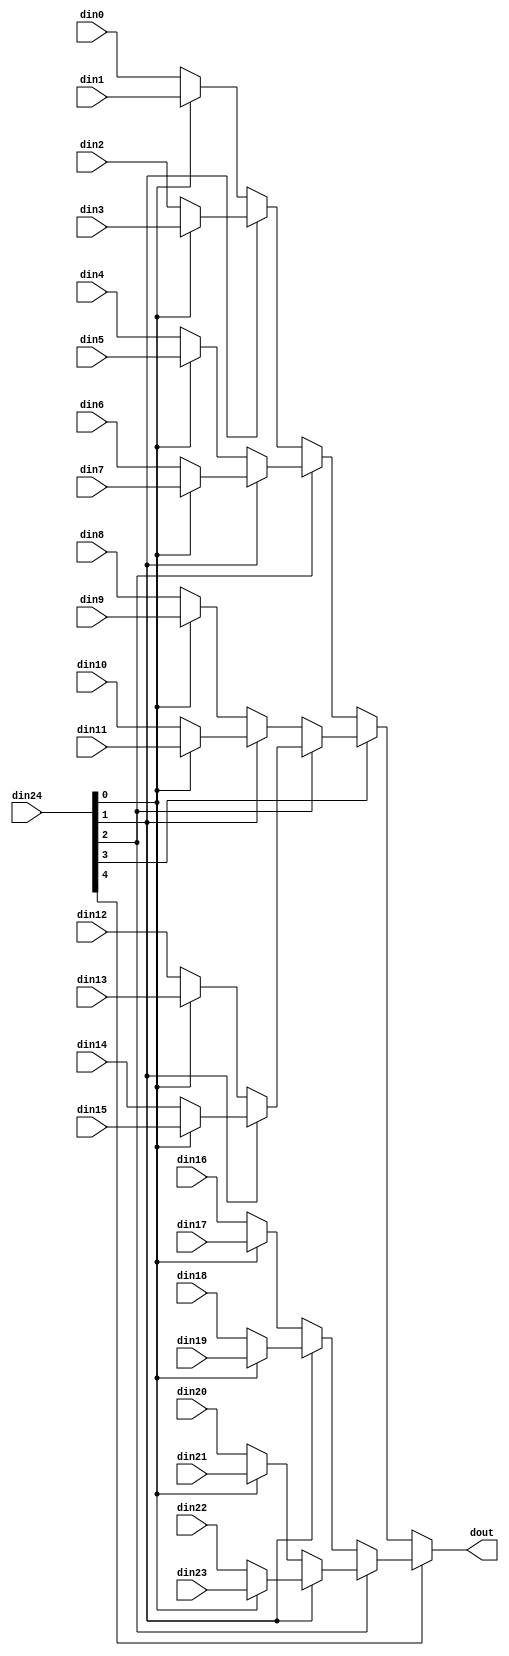
// ==============================================================
// Vitis HLS - High-Level Synthesis from C, C++ and OpenCL v2022.1 (64-bit)
// Tool Version Limit: 2022.04
// Copyright 1986-2022 Xilinx, Inc. All Rights Reserved.
// ==============================================================

`timescale 1ns/1ps

module vadd_mux_2464_32_1_1 #(
parameter
    ID                = 0,
    NUM_STAGE         = 1,
    din0_WIDTH       = 32,
    din1_WIDTH       = 32,
    din2_WIDTH       = 32,
    din3_WIDTH       = 32,
    din4_WIDTH       = 32,
    din5_WIDTH       = 32,
    din6_WIDTH       = 32,
    din7_WIDTH       = 32,
    din8_WIDTH       = 32,
    din9_WIDTH       = 32,
    din10_WIDTH       = 32,
    din11_WIDTH       = 32,
    din12_WIDTH       = 32,
    din13_WIDTH       = 32,
    din14_WIDTH       = 32,
    din15_WIDTH       = 32,
    din16_WIDTH       = 32,
    din17_WIDTH       = 32,
    din18_WIDTH       = 32,
    din19_WIDTH       = 32,
    din20_WIDTH       = 32,
    din21_WIDTH       = 32,
    din22_WIDTH       = 32,
    din23_WIDTH       = 32,
    din24_WIDTH         = 32,
    dout_WIDTH            = 32
)(
    input  [31 : 0]     din0,
    input  [31 : 0]     din1,
    input  [31 : 0]     din2,
    input  [31 : 0]     din3,
    input  [31 : 0]     din4,
    input  [31 : 0]     din5,
    input  [31 : 0]     din6,
    input  [31 : 0]     din7,
    input  [31 : 0]     din8,
    input  [31 : 0]     din9,
    input  [31 : 0]     din10,
    input  [31 : 0]     din11,
    input  [31 : 0]     din12,
    input  [31 : 0]     din13,
    input  [31 : 0]     din14,
    input  [31 : 0]     din15,
    input  [31 : 0]     din16,
    input  [31 : 0]     din17,
    input  [31 : 0]     din18,
    input  [31 : 0]     din19,
    input  [31 : 0]     din20,
    input  [31 : 0]     din21,
    input  [31 : 0]     din22,
    input  [31 : 0]     din23,
    input  [63 : 0]    din24,
    output [31 : 0]   dout);

// puts internal signals
wire [63 : 0]     sel;
// level 1 signals
wire [31 : 0]         mux_1_0;
wire [31 : 0]         mux_1_1;
wire [31 : 0]         mux_1_2;
wire [31 : 0]         mux_1_3;
wire [31 : 0]         mux_1_4;
wire [31 : 0]         mux_1_5;
wire [31 : 0]         mux_1_6;
wire [31 : 0]         mux_1_7;
wire [31 : 0]         mux_1_8;
wire [31 : 0]         mux_1_9;
wire [31 : 0]         mux_1_10;
wire [31 : 0]         mux_1_11;
// level 2 signals
wire [31 : 0]         mux_2_0;
wire [31 : 0]         mux_2_1;
wire [31 : 0]         mux_2_2;
wire [31 : 0]         mux_2_3;
wire [31 : 0]         mux_2_4;
wire [31 : 0]         mux_2_5;
// level 3 signals
wire [31 : 0]         mux_3_0;
wire [31 : 0]         mux_3_1;
wire [31 : 0]         mux_3_2;
// level 4 signals
wire [31 : 0]         mux_4_0;
wire [31 : 0]         mux_4_1;
// level 5 signals
wire [31 : 0]         mux_5_0;
// level 6 signals
wire [31 : 0]         mux_6_0;
// level 7 signals
wire [31 : 0]         mux_7_0;
// level 8 signals
wire [31 : 0]         mux_8_0;
// level 9 signals
wire [31 : 0]         mux_9_0;
// level 10 signals
wire [31 : 0]         mux_10_0;
// level 11 signals
wire [31 : 0]         mux_11_0;
// level 12 signals
wire [31 : 0]         mux_12_0;
// level 13 signals
wire [31 : 0]         mux_13_0;
// level 14 signals
wire [31 : 0]         mux_14_0;
// level 15 signals
wire [31 : 0]         mux_15_0;
// level 16 signals
wire [31 : 0]         mux_16_0;
// level 17 signals
wire [31 : 0]         mux_17_0;
// level 18 signals
wire [31 : 0]         mux_18_0;
// level 19 signals
wire [31 : 0]         mux_19_0;
// level 20 signals
wire [31 : 0]         mux_20_0;
// level 21 signals
wire [31 : 0]         mux_21_0;
// level 22 signals
wire [31 : 0]         mux_22_0;
// level 23 signals
wire [31 : 0]         mux_23_0;
// level 24 signals
wire [31 : 0]         mux_24_0;
// level 25 signals
wire [31 : 0]         mux_25_0;
// level 26 signals
wire [31 : 0]         mux_26_0;
// level 27 signals
wire [31 : 0]         mux_27_0;
// level 28 signals
wire [31 : 0]         mux_28_0;
// level 29 signals
wire [31 : 0]         mux_29_0;
// level 30 signals
wire [31 : 0]         mux_30_0;
// level 31 signals
wire [31 : 0]         mux_31_0;
// level 32 signals
wire [31 : 0]         mux_32_0;
// level 33 signals
wire [31 : 0]         mux_33_0;
// level 34 signals
wire [31 : 0]         mux_34_0;
// level 35 signals
wire [31 : 0]         mux_35_0;
// level 36 signals
wire [31 : 0]         mux_36_0;
// level 37 signals
wire [31 : 0]         mux_37_0;
// level 38 signals
wire [31 : 0]         mux_38_0;
// level 39 signals
wire [31 : 0]         mux_39_0;
// level 40 signals
wire [31 : 0]         mux_40_0;
// level 41 signals
wire [31 : 0]         mux_41_0;
// level 42 signals
wire [31 : 0]         mux_42_0;
// level 43 signals
wire [31 : 0]         mux_43_0;
// level 44 signals
wire [31 : 0]         mux_44_0;
// level 45 signals
wire [31 : 0]         mux_45_0;
// level 46 signals
wire [31 : 0]         mux_46_0;
// level 47 signals
wire [31 : 0]         mux_47_0;
// level 48 signals
wire [31 : 0]         mux_48_0;
// level 49 signals
wire [31 : 0]         mux_49_0;
// level 50 signals
wire [31 : 0]         mux_50_0;
// level 51 signals
wire [31 : 0]         mux_51_0;
// level 52 signals
wire [31 : 0]         mux_52_0;
// level 53 signals
wire [31 : 0]         mux_53_0;
// level 54 signals
wire [31 : 0]         mux_54_0;
// level 55 signals
wire [31 : 0]         mux_55_0;
// level 56 signals
wire [31 : 0]         mux_56_0;
// level 57 signals
wire [31 : 0]         mux_57_0;
// level 58 signals
wire [31 : 0]         mux_58_0;
// level 59 signals
wire [31 : 0]         mux_59_0;
// level 60 signals
wire [31 : 0]         mux_60_0;
// level 61 signals
wire [31 : 0]         mux_61_0;
// level 62 signals
wire [31 : 0]         mux_62_0;
// level 63 signals
wire [31 : 0]         mux_63_0;
// level 64 signals
wire [31 : 0]         mux_64_0;

assign sel = din24;

// Generate level 1 logic
assign mux_1_0 = (sel[0] == 0)? din0 : din1;
assign mux_1_1 = (sel[0] == 0)? din2 : din3;
assign mux_1_2 = (sel[0] == 0)? din4 : din5;
assign mux_1_3 = (sel[0] == 0)? din6 : din7;
assign mux_1_4 = (sel[0] == 0)? din8 : din9;
assign mux_1_5 = (sel[0] == 0)? din10 : din11;
assign mux_1_6 = (sel[0] == 0)? din12 : din13;
assign mux_1_7 = (sel[0] == 0)? din14 : din15;
assign mux_1_8 = (sel[0] == 0)? din16 : din17;
assign mux_1_9 = (sel[0] == 0)? din18 : din19;
assign mux_1_10 = (sel[0] == 0)? din20 : din21;
assign mux_1_11 = (sel[0] == 0)? din22 : din23;

// Generate level 2 logic
assign mux_2_0 = (sel[1] == 0)? mux_1_0 : mux_1_1;
assign mux_2_1 = (sel[1] == 0)? mux_1_2 : mux_1_3;
assign mux_2_2 = (sel[1] == 0)? mux_1_4 : mux_1_5;
assign mux_2_3 = (sel[1] == 0)? mux_1_6 : mux_1_7;
assign mux_2_4 = (sel[1] == 0)? mux_1_8 : mux_1_9;
assign mux_2_5 = (sel[1] == 0)? mux_1_10 : mux_1_11;

// Generate level 3 logic
assign mux_3_0 = (sel[2] == 0)? mux_2_0 : mux_2_1;
assign mux_3_1 = (sel[2] == 0)? mux_2_2 : mux_2_3;
assign mux_3_2 = (sel[2] == 0)? mux_2_4 : mux_2_5;

// Generate level 4 logic
assign mux_4_0 = (sel[3] == 0)? mux_3_0 : mux_3_1;
assign mux_4_1 = mux_3_2;

// Generate level 5 logic
assign mux_5_0 = (sel[4] == 0)? mux_4_0 : mux_4_1;

// Generate level 6 logic
assign mux_6_0 = mux_5_0;

// Generate level 7 logic
assign mux_7_0 = mux_6_0;

// Generate level 8 logic
assign mux_8_0 = mux_7_0;

// Generate level 9 logic
assign mux_9_0 = mux_8_0;

// Generate level 10 logic
assign mux_10_0 = mux_9_0;

// Generate level 11 logic
assign mux_11_0 = mux_10_0;

// Generate level 12 logic
assign mux_12_0 = mux_11_0;

// Generate level 13 logic
assign mux_13_0 = mux_12_0;

// Generate level 14 logic
assign mux_14_0 = mux_13_0;

// Generate level 15 logic
assign mux_15_0 = mux_14_0;

// Generate level 16 logic
assign mux_16_0 = mux_15_0;

// Generate level 17 logic
assign mux_17_0 = mux_16_0;

// Generate level 18 logic
assign mux_18_0 = mux_17_0;

// Generate level 19 logic
assign mux_19_0 = mux_18_0;

// Generate level 20 logic
assign mux_20_0 = mux_19_0;

// Generate level 21 logic
assign mux_21_0 = mux_20_0;

// Generate level 22 logic
assign mux_22_0 = mux_21_0;

// Generate level 23 logic
assign mux_23_0 = mux_22_0;

// Generate level 24 logic
assign mux_24_0 = mux_23_0;

// Generate level 25 logic
assign mux_25_0 = mux_24_0;

// Generate level 26 logic
assign mux_26_0 = mux_25_0;

// Generate level 27 logic
assign mux_27_0 = mux_26_0;

// Generate level 28 logic
assign mux_28_0 = mux_27_0;

// Generate level 29 logic
assign mux_29_0 = mux_28_0;

// Generate level 30 logic
assign mux_30_0 = mux_29_0;

// Generate level 31 logic
assign mux_31_0 = mux_30_0;

// Generate level 32 logic
assign mux_32_0 = mux_31_0;

// Generate level 33 logic
assign mux_33_0 = mux_32_0;

// Generate level 34 logic
assign mux_34_0 = mux_33_0;

// Generate level 35 logic
assign mux_35_0 = mux_34_0;

// Generate level 36 logic
assign mux_36_0 = mux_35_0;

// Generate level 37 logic
assign mux_37_0 = mux_36_0;

// Generate level 38 logic
assign mux_38_0 = mux_37_0;

// Generate level 39 logic
assign mux_39_0 = mux_38_0;

// Generate level 40 logic
assign mux_40_0 = mux_39_0;

// Generate level 41 logic
assign mux_41_0 = mux_40_0;

// Generate level 42 logic
assign mux_42_0 = mux_41_0;

// Generate level 43 logic
assign mux_43_0 = mux_42_0;

// Generate level 44 logic
assign mux_44_0 = mux_43_0;

// Generate level 45 logic
assign mux_45_0 = mux_44_0;

// Generate level 46 logic
assign mux_46_0 = mux_45_0;

// Generate level 47 logic
assign mux_47_0 = mux_46_0;

// Generate level 48 logic
assign mux_48_0 = mux_47_0;

// Generate level 49 logic
assign mux_49_0 = mux_48_0;

// Generate level 50 logic
assign mux_50_0 = mux_49_0;

// Generate level 51 logic
assign mux_51_0 = mux_50_0;

// Generate level 52 logic
assign mux_52_0 = mux_51_0;

// Generate level 53 logic
assign mux_53_0 = mux_52_0;

// Generate level 54 logic
assign mux_54_0 = mux_53_0;

// Generate level 55 logic
assign mux_55_0 = mux_54_0;

// Generate level 56 logic
assign mux_56_0 = mux_55_0;

// Generate level 57 logic
assign mux_57_0 = mux_56_0;

// Generate level 58 logic
assign mux_58_0 = mux_57_0;

// Generate level 59 logic
assign mux_59_0 = mux_58_0;

// Generate level 60 logic
assign mux_60_0 = mux_59_0;

// Generate level 61 logic
assign mux_61_0 = mux_60_0;

// Generate level 62 logic
assign mux_62_0 = mux_61_0;

// Generate level 63 logic
assign mux_63_0 = mux_62_0;

// Generate level 64 logic
assign mux_64_0 = mux_63_0;

// output logic
assign dout = mux_64_0;

endmodule